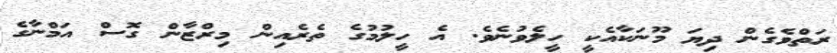
ރަތްވެގެން ދިޔަ މޫނަކާއެކީ ހީލެވުނެވެ. އެ ހީލުމުގެ ތެރެއިން މިރްޒާން ގޮސް އަމްނާގެ